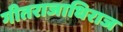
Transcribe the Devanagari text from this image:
गीतराजाधिराज